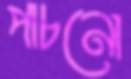
পাচনো